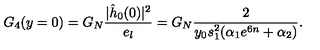
G _ { 4 } ( y = 0 ) = G _ { N } { \frac { | \hat { h } _ { 0 } ( 0 ) | ^ { 2 } } { e _ { l } } } = G _ { N } { \frac { 2 } { y _ { 0 } s _ { 1 } ^ { 2 } ( \alpha _ { 1 } e ^ { 6 n } + \alpha _ { 2 } ) } } .